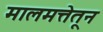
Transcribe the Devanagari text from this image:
मालमत्तेतून